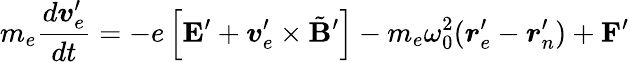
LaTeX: m_{e}\frac{d\boldsymbol v_{e}^{\prime}}{dt}=-e\left[\mathbf E^{\prime}+\boldsymbol v_{e}^{\prime}\times\tilde{\mathbf{B}}^{\prime}\right]-m_{e}\omega_{0}^{2}(\boldsymbol r_{e}^{\prime}-\boldsymbol r_{n}^{\prime})+\mathbf{F^{\prime}}